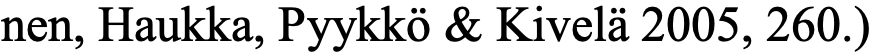
nen, Haukka, Pyykkö & Kivelä 2005, 260.)